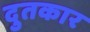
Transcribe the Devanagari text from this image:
दुतकार